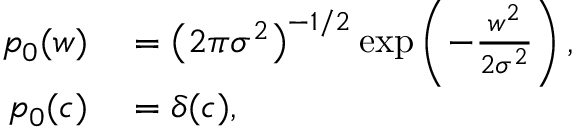
\begin{array} { r l } { p _ { 0 } ( w ) } & { { } = \bigl ( 2 \pi \sigma ^ { 2 } \bigr ) ^ { - 1 / 2 } \exp \left( - \frac { w ^ { 2 } } { 2 \sigma ^ { 2 } } \right) , } \\ { p _ { 0 } ( c ) } & { { } = \delta ( c ) , } \end{array}